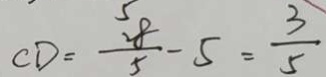
C D = \frac { 2 8 } { 5 } - 5 = \frac { 3 } { 5 }